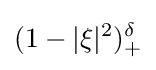
(1-|\xi |^{2})_{+}^{\delta }